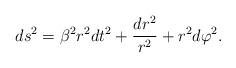
LaTeX: \begin{align*}ds^2 = \beta^2 r^2 dt^2 + \frac{dr^2}{r^2} + r^2 d\varphi^2.\end{align*}